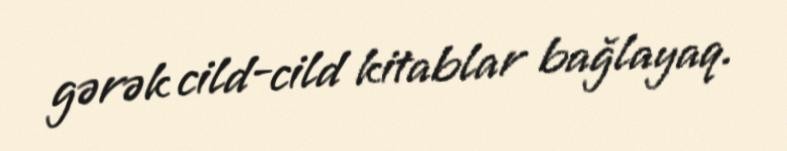
gərək cild-cild kitablar bağlayaq.